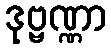
ဒုဗ္ဗဏ္ဏာ